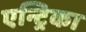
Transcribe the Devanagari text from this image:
एन्ट्रिका